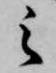
之